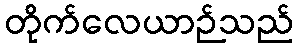
တိုက်လေယာဉ်သည်